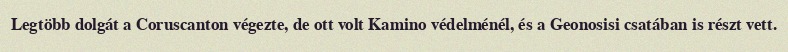
Legtöbb dolgát a Coruscanton végezte, de ott volt Kamino védelménél, és a Geonosisi csatában is részt vett.